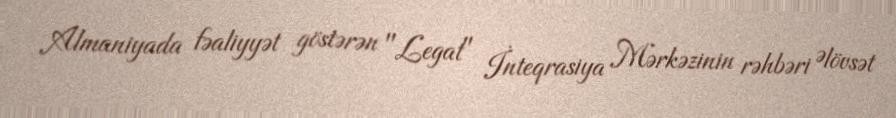
Almaniyada fəaliyyət göstərən "Legat" İnteqrasiya Mərkəzinin rəhbəri Əlövsət